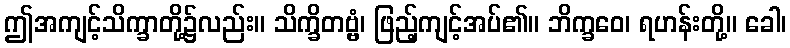
ဤအကျင့်သိက္ခာတို့၌လည်း။ သိက္ခိတဗ္ဗံ၊ ဖြည့်ကျင့်အပ်၏။ ဘိက္ခဝေ၊ ရဟန်းတို့။ ခေါ၊